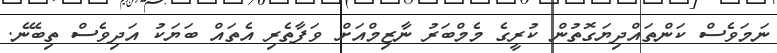
ނަމަވެސް ކަންތައްދިޔަގޮތުން ކުރީގެ މެމްބަރު ނާޒިމްއަށް ވަފާތެރި އެތައް ބަޔަކު އަދިވެސް ތިބޭނެ.